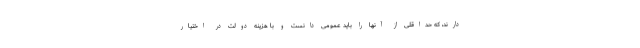
دارند، که حداقلی از آنها را باید عمومی دانست و با هزینه دولت در اختیار